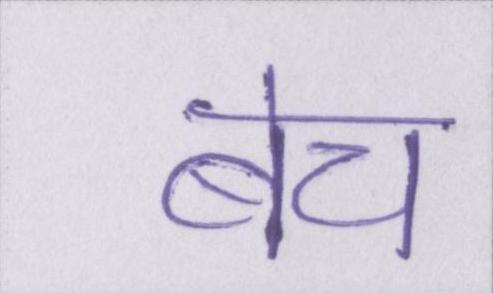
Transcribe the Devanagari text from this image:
बेच